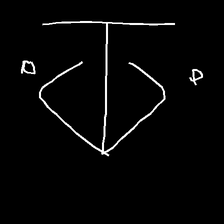
Glyph: earth